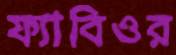
ফ্যাবিওর